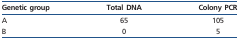
<table><thead><tr><td><b>Genetic group</b></td><td><b>Total DNA</b></td><td><b>Colony PCR</b></td></tr></thead><tbody><tr><td>A</td><td>65</td><td>105</td></tr><tr><td>B</td><td>0</td><td>5</td></tr></tbody></table>